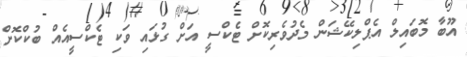
އޫބާ މޮބައިލް އެޕްލިކޭޝަން މެދުވެރިކޮށް ޓެކްސީ އަށް ގުޅައި ވަކި ޓެކްސީއެއް ބުކްކޮށް